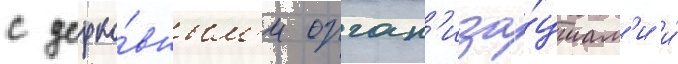
с церко́вным'и орган'иза́циам'и и́